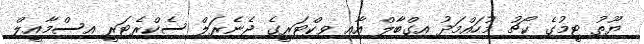
ޔޫތު ޓީމުގެ ކޯޗު މުހައްމަދު އިގްބާލް އާއި ވިކްޓަރީގެ ޖެނެރަލް ސެކްރެޓަރީ އިސްމާއީލް